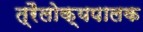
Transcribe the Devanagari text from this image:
त्रैलोक्यपालक